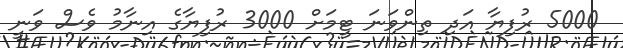
5000 ރުފިޔާ އަދި ތިންވަނަ ޓީމަށް 3000 ރުފިޔާގެ އިނާމު ވެސް ވަނީ